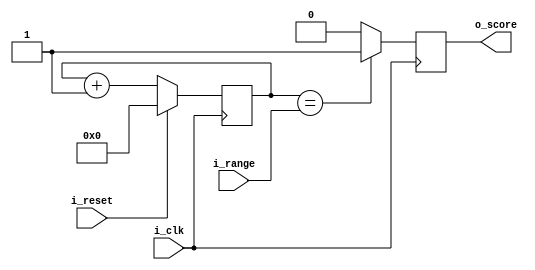
module score_module(i_range, i_reset, i_clk, o_score);

input [9:0] i_range;
input i_clk, i_reset;

output reg o_score;

reg [9:0] out_cnt;


always @(posedge i_clk) begin 

	if (i_reset) begin 
		out_cnt <= 10'b0;
		
	end else begin 

	out_cnt <= out_cnt + 1;
	
	end
		
end

always @(posedge i_clk) begin

	if (out_cnt == i_range) begin
		
		o_score = 1'b1;
	end else begin
	
		o_score = 1'b0;
		
	end
	
end

endmodule